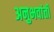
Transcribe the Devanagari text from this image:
अनुभवांती